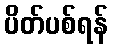
ပိတ်ပစ်ရန်